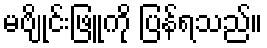
မဗျိုင်းဖြူကို ပြန်ရသည်။